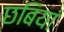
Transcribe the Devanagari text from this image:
छबियां